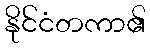
နိုင်ငံတကာ၏